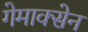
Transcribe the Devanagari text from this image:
गेमाक्सेन